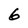
Character: 6